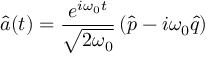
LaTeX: \hat { a } ( t ) = \frac { { e } ^ { i \omega _ { 0 } t } } { \sqrt { 2 \omega _ { 0 } } } \left( \hat { p } - i \omega _ { 0 } \hat { q } \right)